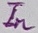
Text: In